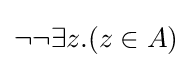
\neg \neg \exists z.(z\in A)